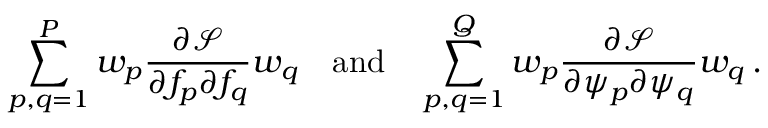
\sum _ { p , q = 1 } ^ { P } w _ { p } \frac { \partial \mathcal { S } } { \partial f _ { p } \partial f _ { q } } w _ { q } \quad \mathrm { a n d } \quad \sum _ { p , q = 1 } ^ { Q } w _ { p } \frac { \partial \mathcal { S } } { \partial \psi _ { p } \partial \psi _ { q } } w _ { q } \, .